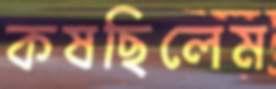
কষছিলেম